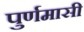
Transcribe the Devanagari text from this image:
पुर्णमासी